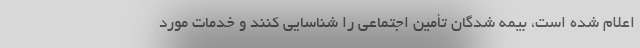
اعلام شده است، بیمه شدگان تأمین اجتماعی را شناسایی کنند و خدمات مورد